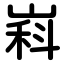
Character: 嵙